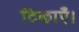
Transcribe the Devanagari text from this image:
टिकाएँ।